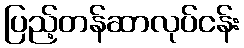
ပြည့်တန်ဆာလုပ်ငန်း